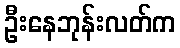
ဦးနေဘုန်းလတ်က